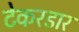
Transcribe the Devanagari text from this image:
टेकरडार